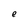
Character: e